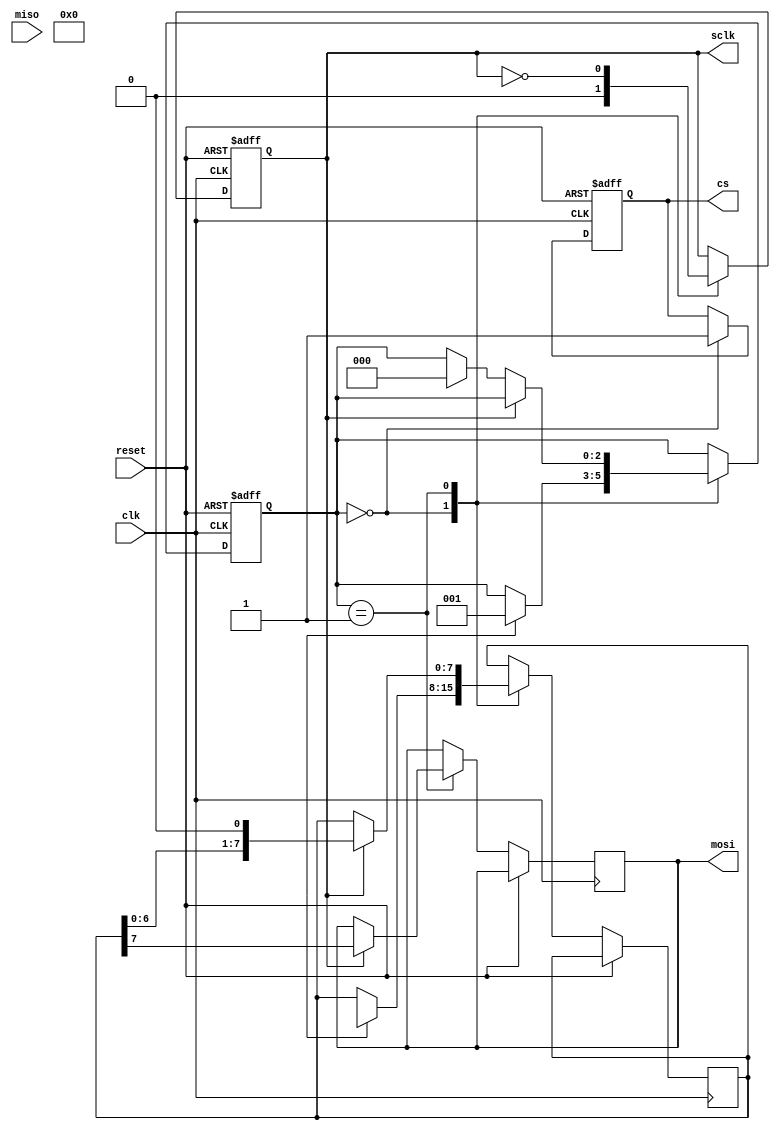
module spi_master (
    input wire clk,
    input wire reset,
    output reg mosi,
    input wire miso,
    output reg sclk,
    output reg cs
);

reg [7:0] tx_data;
reg [7:0] rx_data;
reg [2:0] state;

parameter IDLE = 3'b000;
parameter TRANSFER = 3'b001;

always @(posedge clk or posedge reset) begin
    if (reset) begin
        state <= IDLE;
        sclk <= 0;
        cs <= 1;
    end else begin
        case (state)
            IDLE: begin
                sclk <= 0;
                cs <= 1;
                if (start_transfer_condition) begin
                    state <= TRANSFER;
                    tx_data <= data_to_send;
                end
            end
            TRANSFER: begin
                sclk <= ~sclk;
                if (sclk) begin
                    mosi <= tx_data[7];
                    tx_data <= {tx_data[6:0], 1'b0};
                end else begin
                    rx_data <= {miso, rx_data[7:1]};
                    if (done_transferring_condition) begin
                        state <= IDLE;
                    end
                end
            end
        endcase
    end
end

endmodule